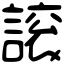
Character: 䜇